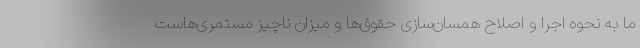
ما به نحوه اجرا و اصلاح همسان‌سازی حقوق‌ها و میزان ناچیز مستمری‌هاست